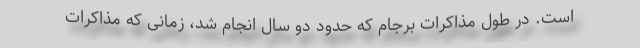
است. در طول مذاکرات برجام که حدود دو سال انجام شد، زمانی که مذاکرات